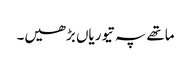
ماتھے پہ تیوریاں بڑھیں۔